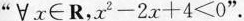
”$$∀x\in R$$，$$x^{2}-2x+4<0$$”.